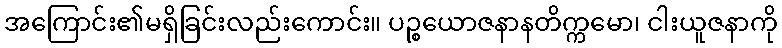
အကြောင်း၏မရှိခြင်းလည်းကောင်း။ ပဉ္စယောဇနာနတိက္ကမော၊ ငါးယူဇနာကို